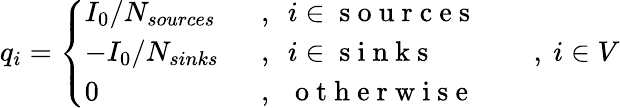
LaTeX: q_{i}=\left\{ \begin{array}{ll}{I_{0}/N_{sources}\ \ }&{,\ \ i\in\mathrm{~s~o~u~r~c~e~s~}}\\ {-I_{0}/N_{sinks}\ \ }&{,\ \ i\in\mathrm{~s~i~n~k~s~}}\\ {0\ \ }&{,\ \ \mathrm{~o~t~h~e~r~w~i~s~e~}}\end{array}\right.\qquad,\ i\in V